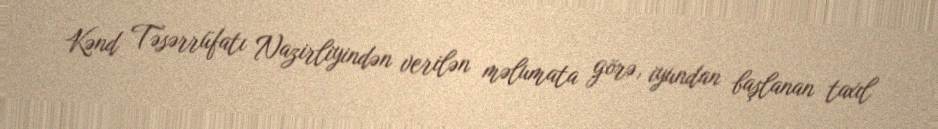
Kənd Təsərrüfatı Nazirliyindən verilən məlumata görə, iyundan başlanan taxıl